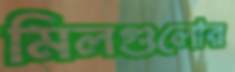
মিলগুলোর